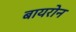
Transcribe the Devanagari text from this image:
बायरोन